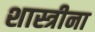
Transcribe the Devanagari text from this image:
शास्त्रीना